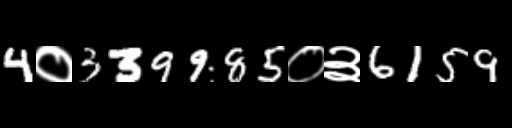
Text: 4०339985०३6159